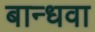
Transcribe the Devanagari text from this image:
बान्धवा